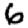
Digit: 6